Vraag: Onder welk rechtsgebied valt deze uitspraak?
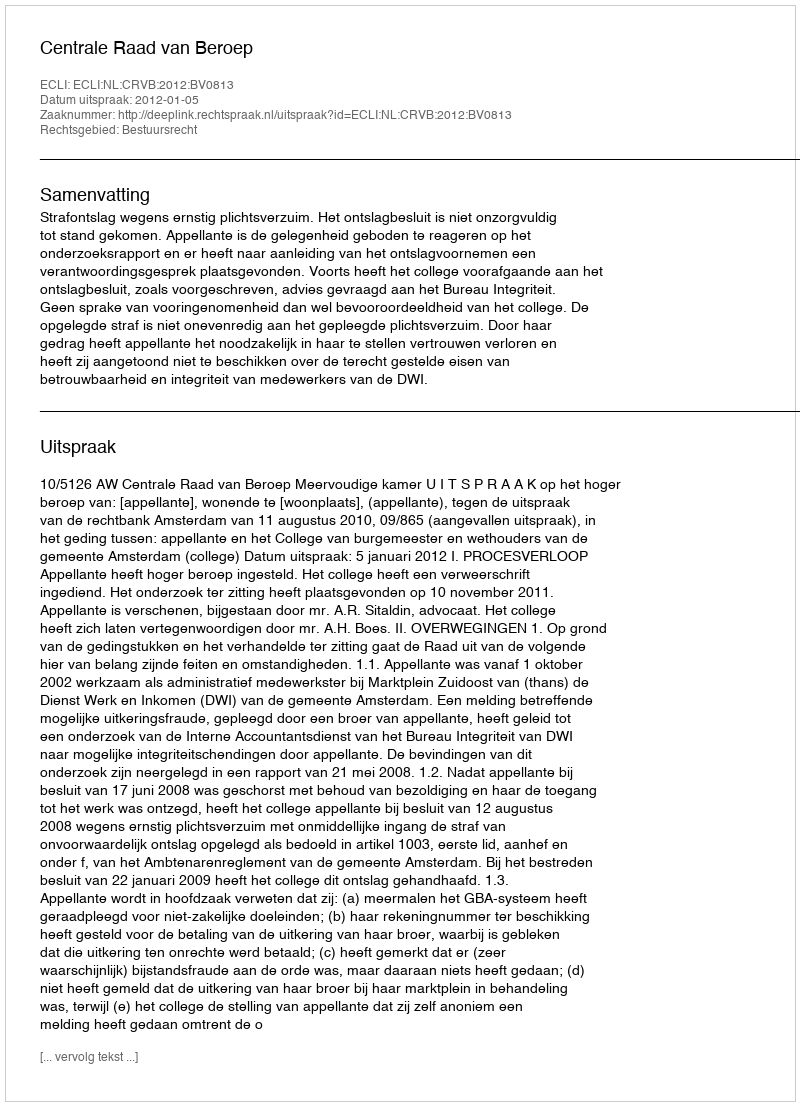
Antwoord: Bestuursrecht